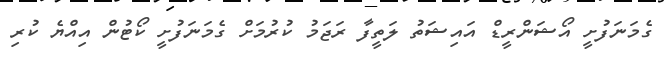
ގެމަނަފުށީ އޯޝަންރީޑް އައިޝަތު ލަތީފާ ރަޖަމު ކުރުމަށް ގެމަނަފުށީ ކޯޓުން އިއްޔެ ކުރި